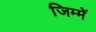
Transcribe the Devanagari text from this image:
जिम्‍में